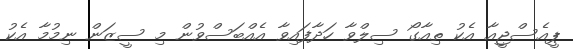
ޕީއެސްޖީއާ އެކު ތިއާގޯ ސިލްވާ ހަދާފައިވާ އެއްބަސްވުން މި ސީޒަން ނިމުމާ އެކު